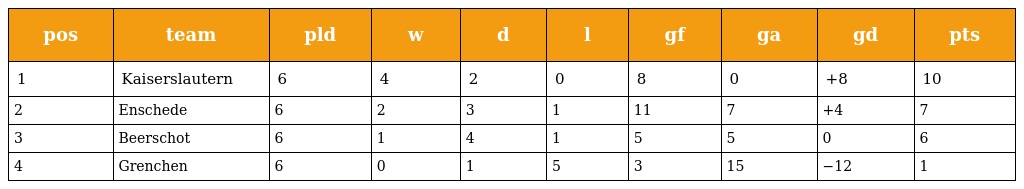
| pos | team | pld | w | d | l | gf | ga | gd | pts |
 | --- | --- | --- | --- | --- | --- | --- | --- | --- | --- |
 | 1 | Kaiserslautern | 6 | 4 | 2 | 0 | 8 | 0 | +8 | 10 |
 | 2 | Enschede | 6 | 2 | 3 | 1 | 11 | 7 | +4 | 7 |
 | 3 | Beerschot | 6 | 1 | 4 | 1 | 5 | 5 | 0 | 6 |
 | 4 | Grenchen | 6 | 0 | 1 | 5 | 3 | 15 | −12 | 1 |